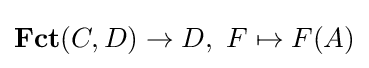
\mathbf {Fct} (C,D)\to D,\,\,F\mapsto F(A)